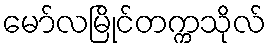
မော်လမြိုင်တက္ကသိုလ်